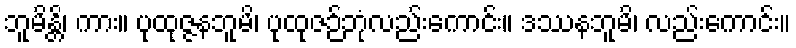
ဘူမိန္တိ၊ ကား။ ပုထုဇ္ဇနဘူမိ၊ ပုထုဇဉ်ဘုံလည်းကောင်း။ ဒဿနဘူမိ၊ လည်းကောင်း။